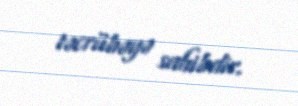
təcrübəyə sahibdir.